65_HS1-834228961_62-HQ-83894_Section_9
Agency: FBI
Page 158
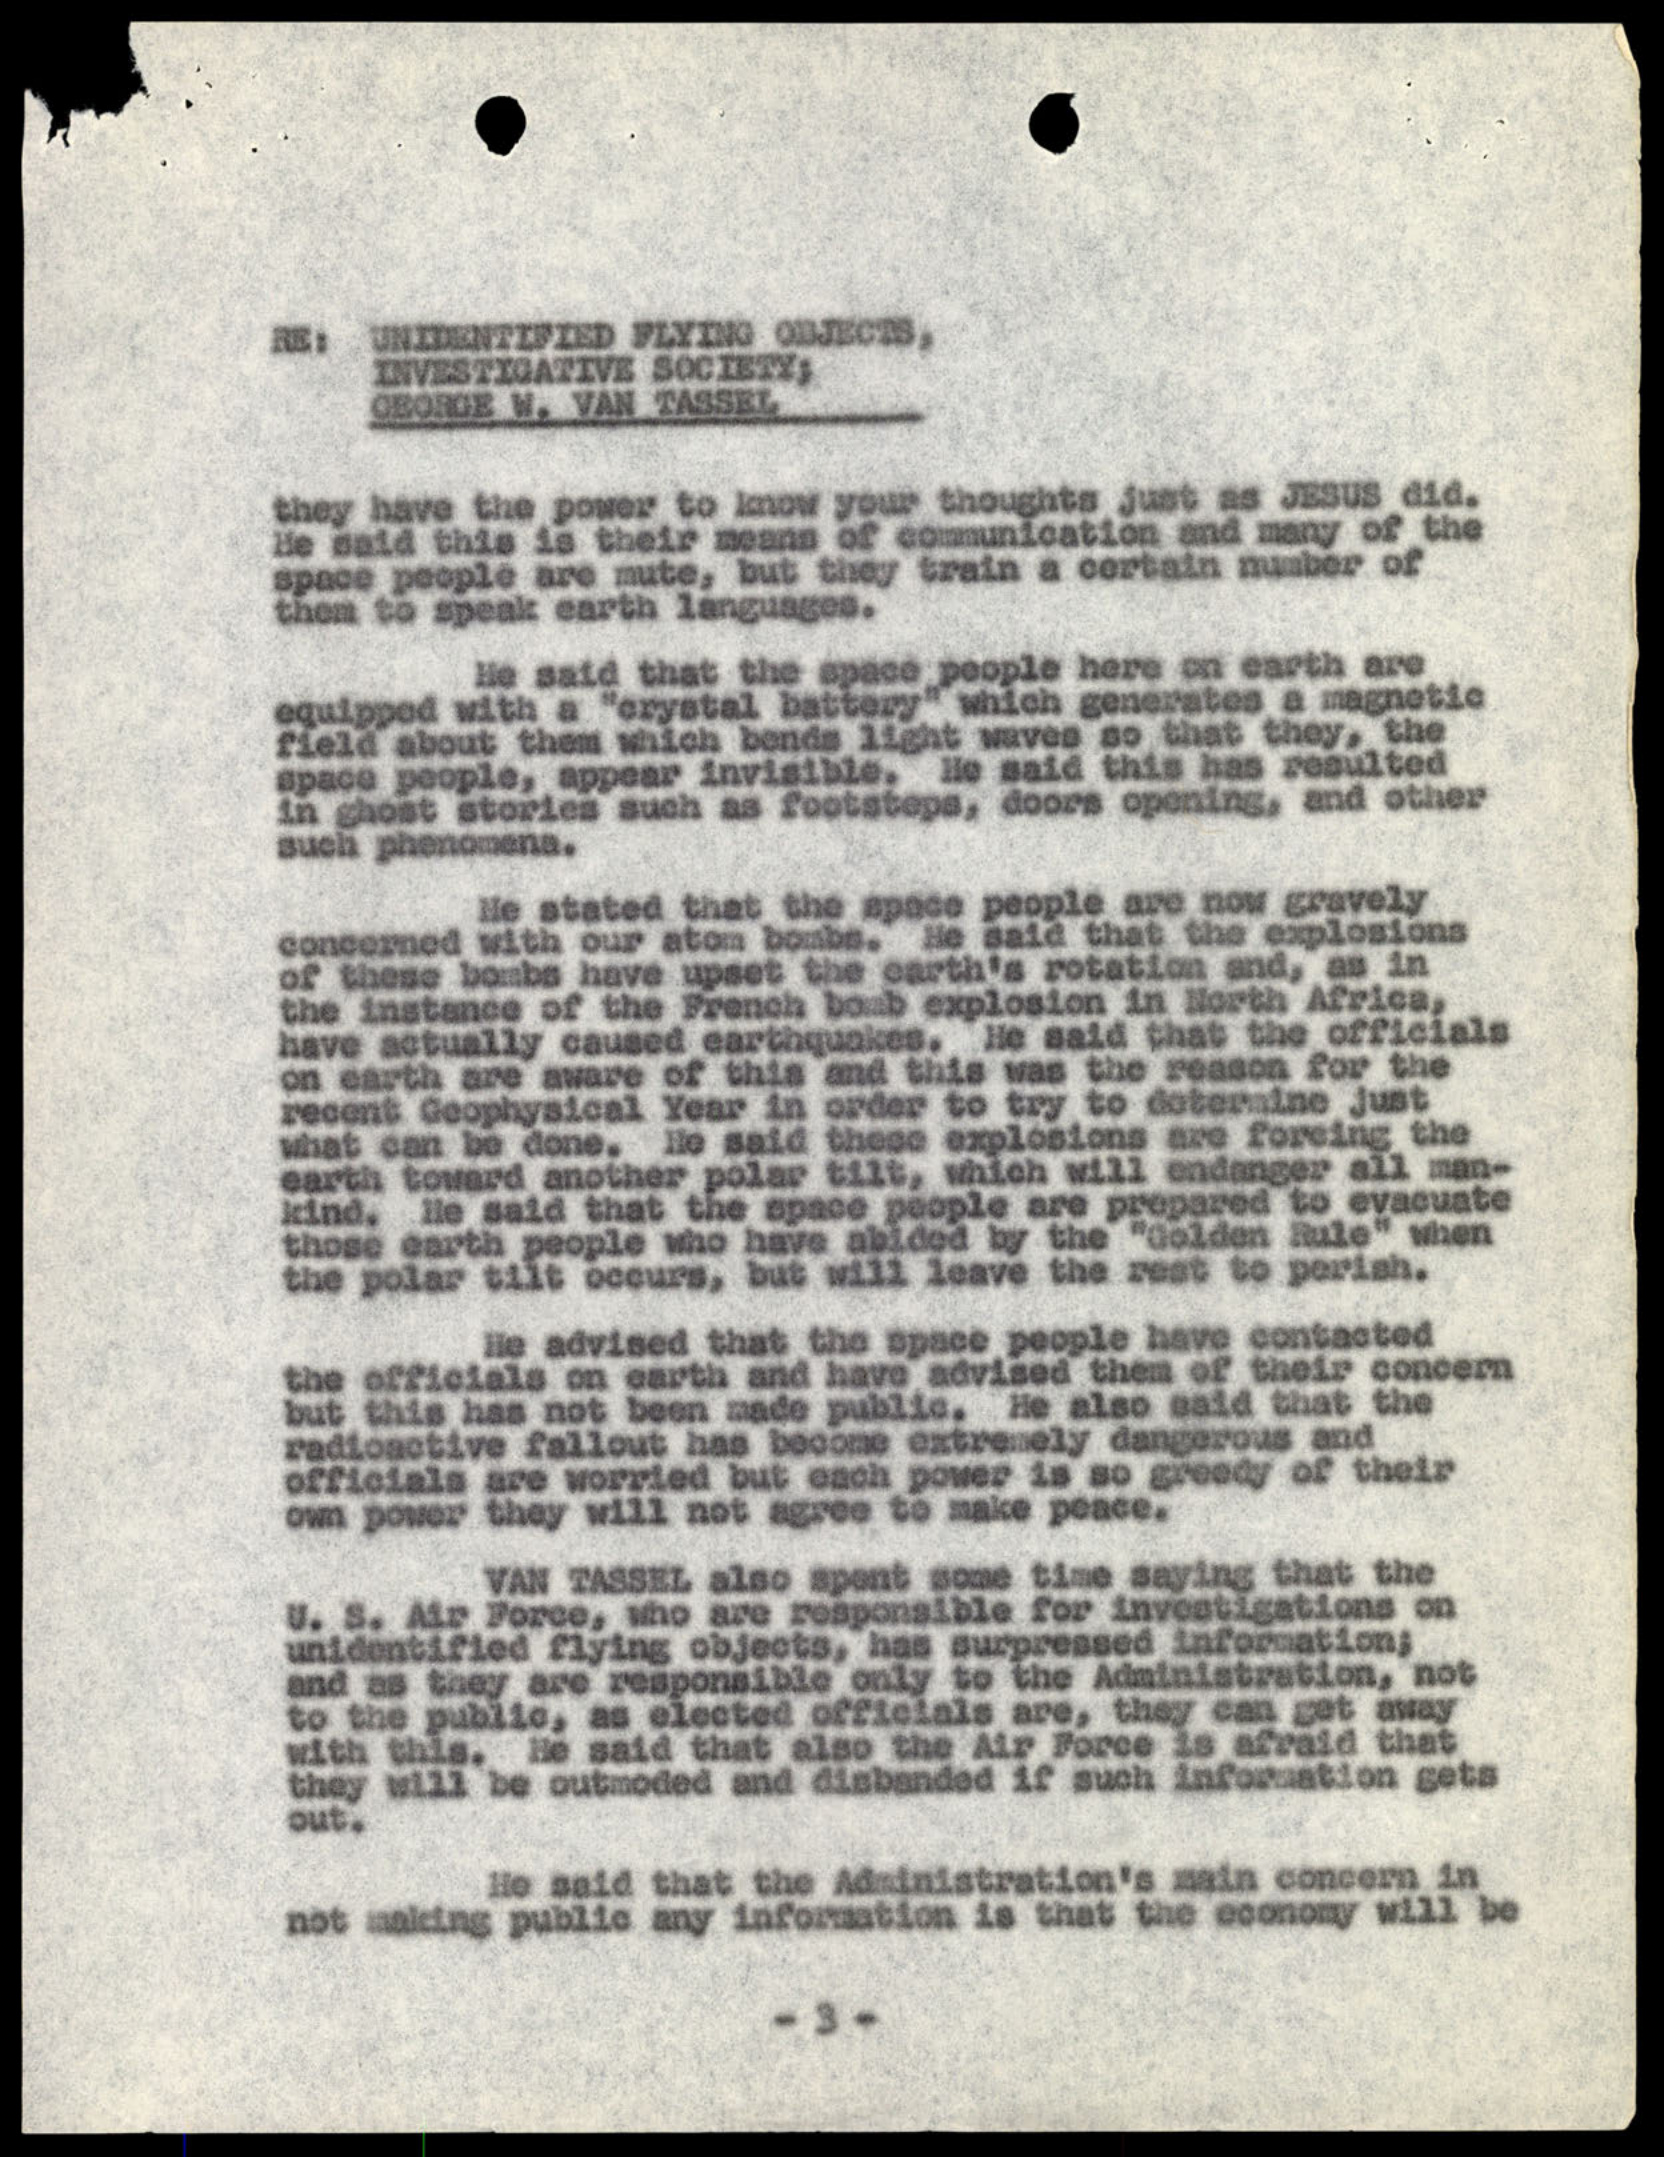